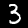
Label: 3